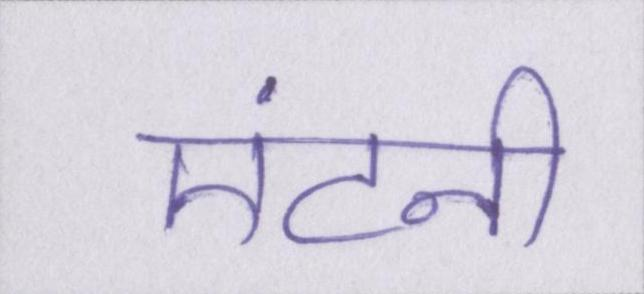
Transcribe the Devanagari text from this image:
एंटनी